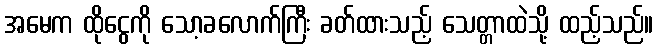
အမေက ထိုငွေကို သော့ခလောက်ကြီး ခတ်ထားသည့် သေတ္တာထဲသို့ ထည့်သည်။